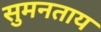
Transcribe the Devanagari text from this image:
सुमनताय